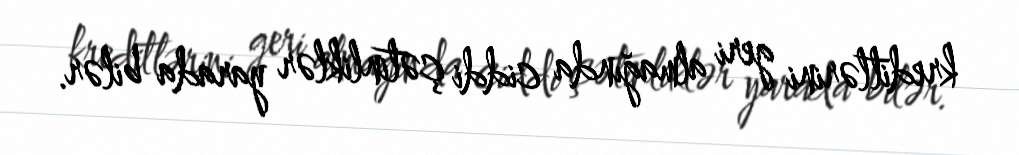
kreditlərini geri almağında ciddi çətinliklər yarada bilər.